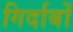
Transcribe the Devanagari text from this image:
गिर्दाबों